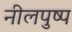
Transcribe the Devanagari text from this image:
नीलपुष्प